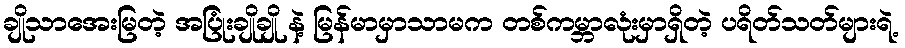
ချိုသာအေးမြတဲ့ အပြုံးချိုချို နဲ့ မြန်မာမှာသာမက တစ်ကမ္ဘာလုံးမှာရှိတဲ့ ပရိတ်သတ်များရဲ့